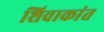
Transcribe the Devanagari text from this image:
शिवाकांत